Insane asylums Bombay 1873-77 - 1873-1877
Year: 1873
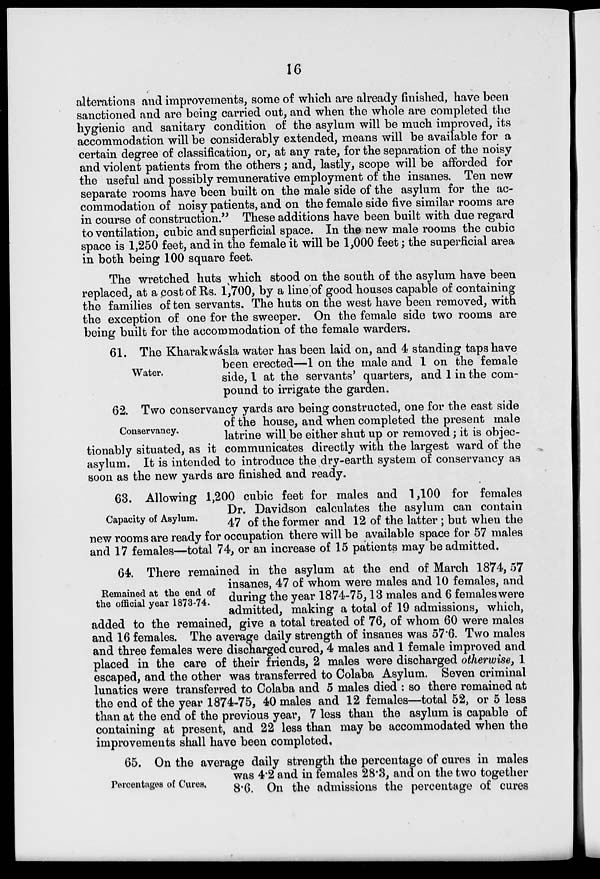
16
alterations and improvements, some of which are already finished, have been
sanctioned and are being carried out, and when the whole are completed the
hygienic and sanitary condition of the asylum will be much improved, its
accommodation will be considerably extended, means will be available for a
certain degree of classification, or, at any rate, for the separation of the noisy
and violent patients from the others ; and, lastly, scope will be afforded for
the useful and possibly remunerative employment of the insanes. Ten new
separate rooms have been built on the male side of the asylum for the ac-
commodation of noisy patients, and on the female side five similar rooms are
in course of construction." These additions have been built with due regard
to ventilation, cubic and superficial space. In the new male rooms the cubic
space is 1,250 feet, and in the female it will be 1,000 feet; the superficial area
in both being 100 square feet.
The wretched huts which stood on the south of the asylum have been
replaced, at a cost of Rs. 1,700, by a line of good houses capable of containing
the families of ten servants. The huts on the west have been removed, with
the exception of one for the sweeper. On the female side two rooms are
being built for the accommodation of the female warders.
Water.
61. The Kharakwásla water has been laid on, and 4 standing taps have
been erected—1 on the male and 1 on the female
side, 1 at the servants' quarters, and 1 in the com-
pound to irrigate the garden.
Conservancy.
62. Two conservancy yards are being constructed, one for the east side
of the house, and when completed the present male
latrine will be either shut up or removed ; it is objec-
tionably situated, as it communicates directly with the largest ward of the
asylum. It is intended to introduce the dry-earth system of conservancy as
soon as the new yards are finished and ready.
Capacity of Asylum.
63. Allowing 1,200 cubic feet for males and 1,100 for females
Dr. Davidson calculates the asylum can contain
47 of the former and 12 of the latter ; but when the
new rooms are ready for occupation there will be available space for 57 males
and 17 females—total 74, or an increase of 15 patients may be admitted.
Remained at the end of
the official year 1873-74.
64. There remained in the asylum at the end of March 1874,57
insanes, 47 of whom were males and 10 females, and
during the year 1874-75,13 males and 6 females were
admitted, making a total of 19 admissions, which,
added to the remained, give a total treated of 76, of whom 60 were males
and 16 females. The average daily strength of insanes was 57.6. Two males
and three females were discharged cured, 4 males and 1 female improved and
placed in the care of their friends, 2 males were discharged otherwise, 1
escaped, and the other was transferred to Colaba Asylum. Seven criminal
lunatics were transferred to Colaba and 5 males died : so there remained at
the end of the year 1874-75, 40 males and 12 females—total 52, or 5 less
than at the end of the previous year, 7 less than the asylum is capable of
containing at present, and 22 less than may be accommodated when the
improvements shall have been completed.
Percentages of Cures.
65. On the average daily strength the percentage of cures in males
was 4.2 and in females 28.3, and on the two together
8.6. On the admissions the percentage of cures